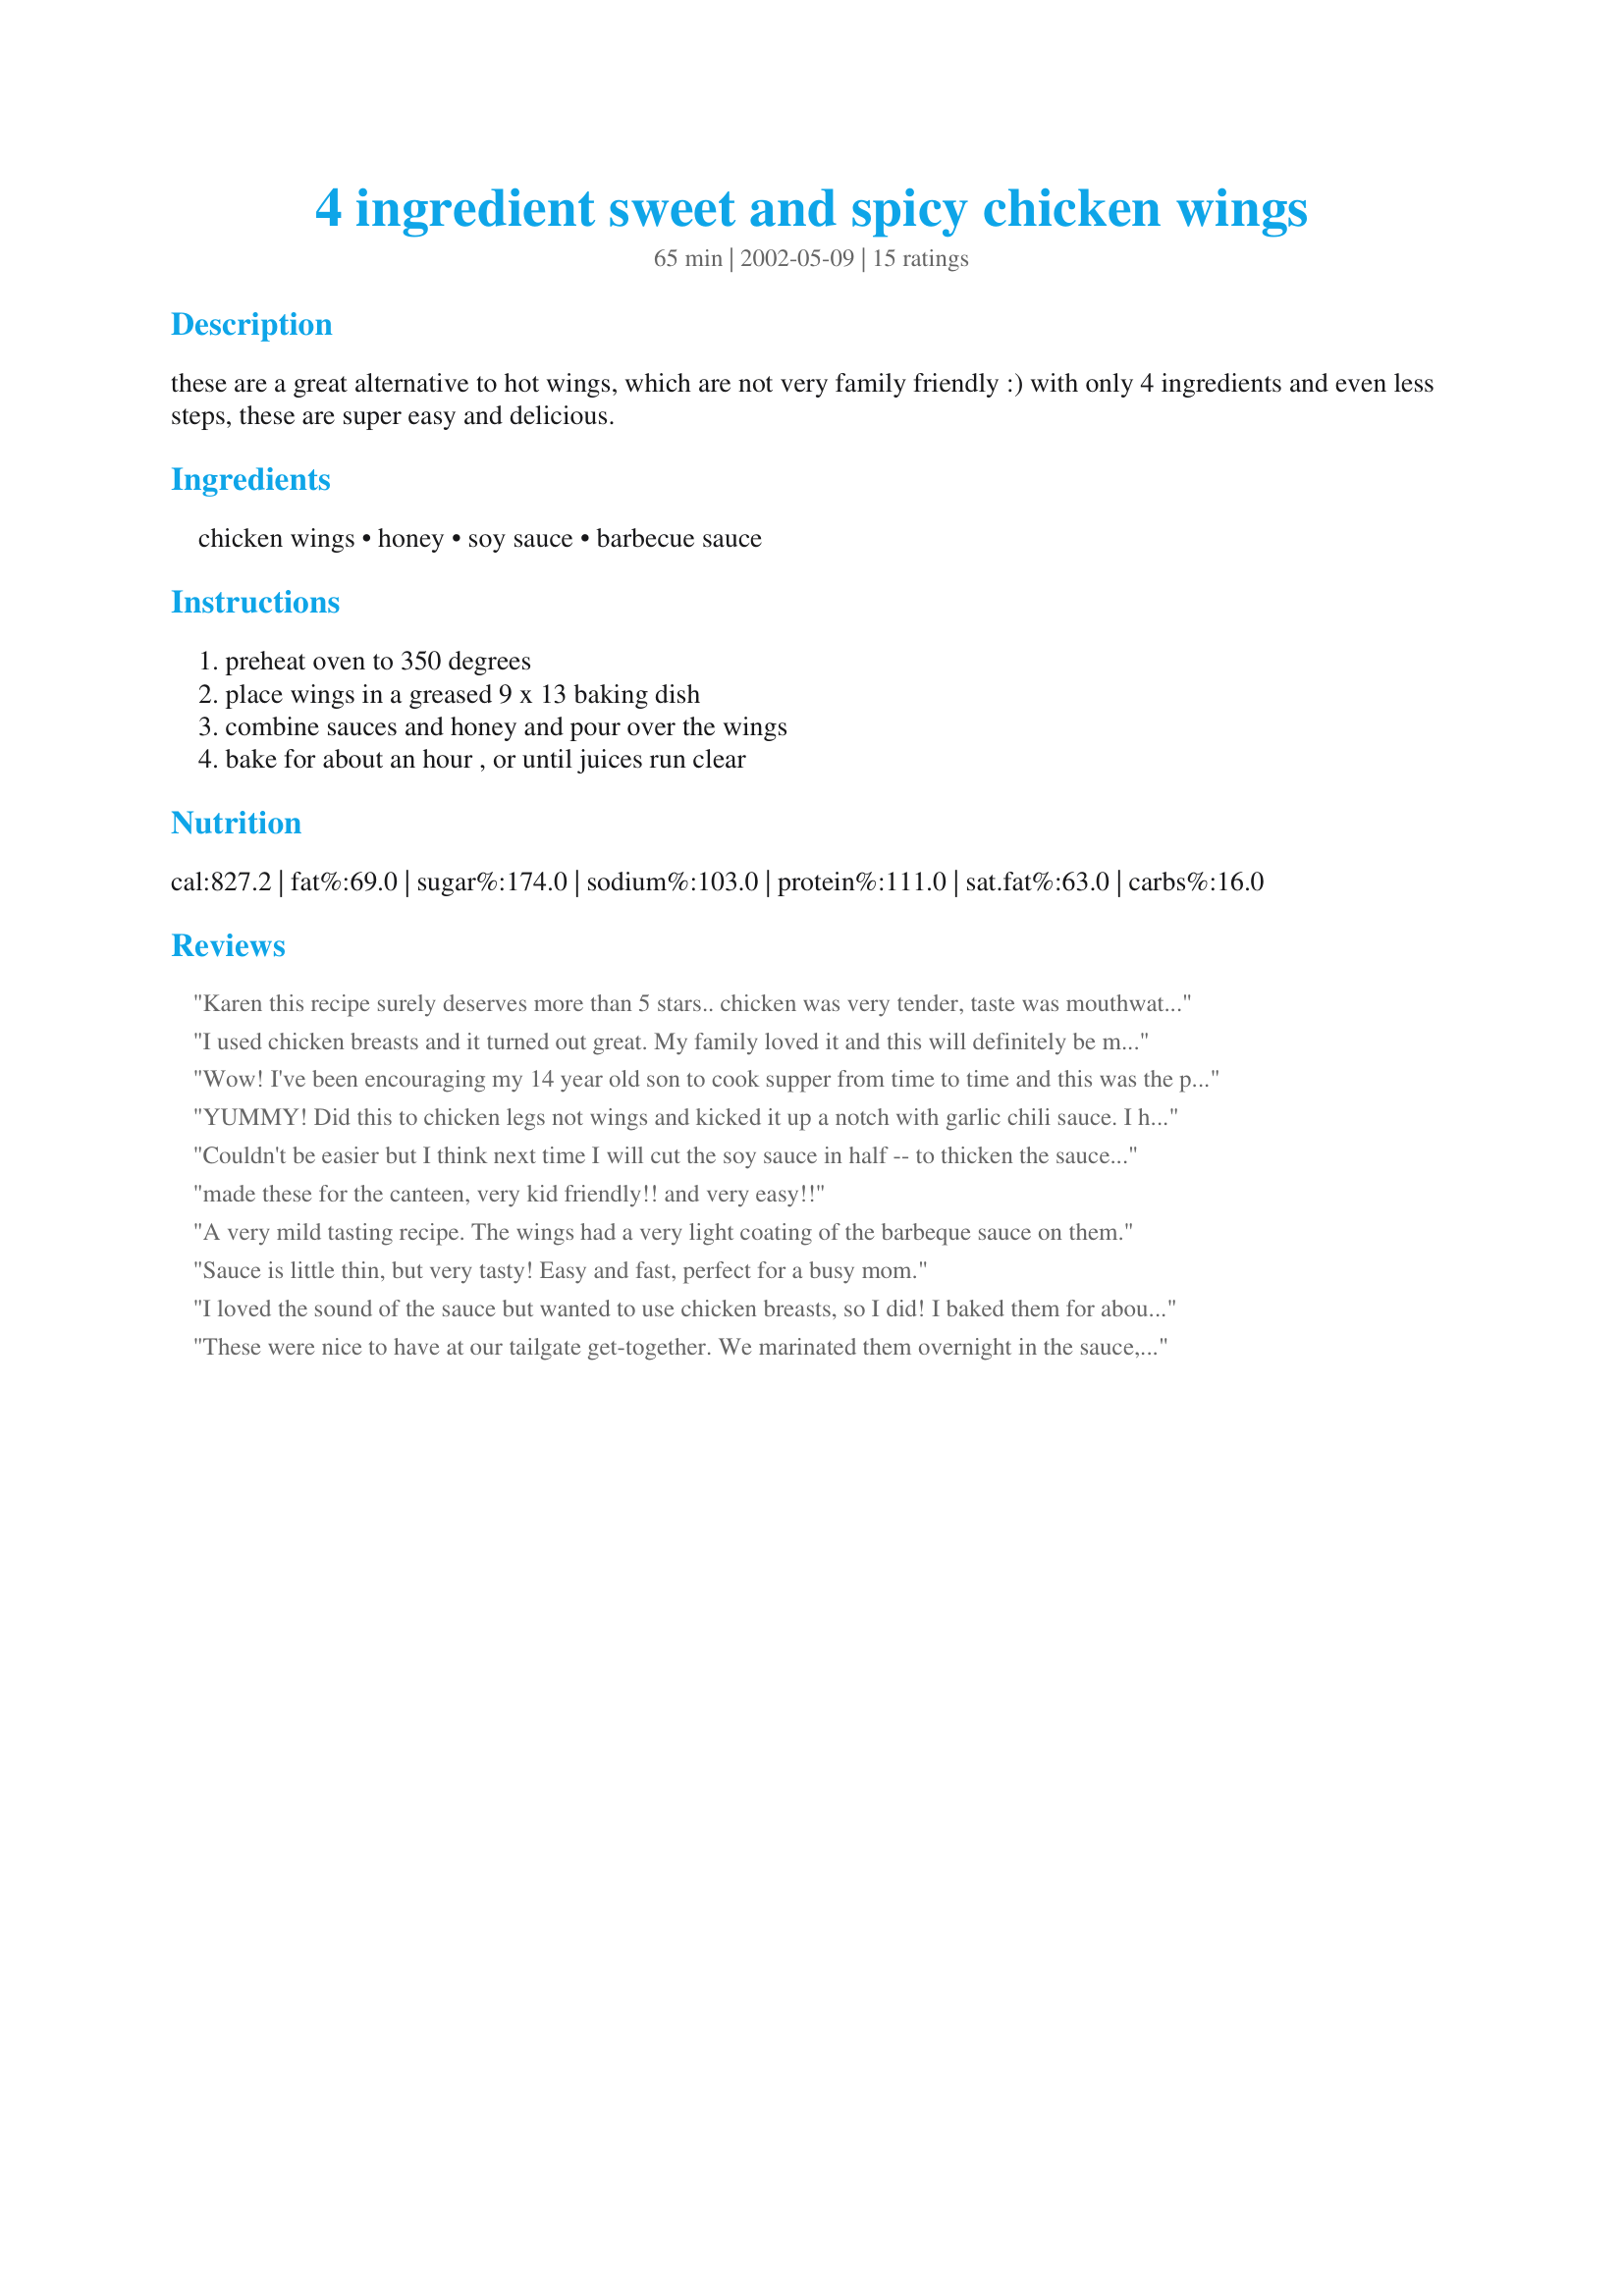
4 ingredient sweet and spicy chicken wings
Preparation time: 65 minutes

these are a great alternative to hot wings, which are not very family friendly :) with only 4 ingredients and even less steps, these are super easy and delicious.

Ingredients:
chicken wings, honey, soy sauce, barbecue sauce

Steps:
preheat oven to 350 degrees, place wings in a greased 9 x 13 baking dish, combine sauces and honey and pour over the wings, bake for about an hour , or until juices run clear

Reviews:
Karen this recipe surely deserves more than 5 stars.. chicken was very tender, taste was mouthwatering delicious . I used 2 pounds chicken wings, 3 tbsp soy sauce, 6 tbsp honey and 6 tbsp barbecue sauce. Brushed sauce over wings a few times and the were great, sauce not to thin. Thanks for a great recipe.
I used chicken breasts and it turned out great. My family loved it and this will definitely be made again. Also, in order to reduce the sodium, I used low sodium soy sauce and only about half of the amount called for in the recipe.
Wow! I've been encouraging my 14 year old son to cook supper from time to time and this was the perfect recipe, easy and delicious. The whole family raved about the taste. We used chicken wings and marinated them overnight before baking. Looking forward to trying this with chicken legs or thighs.
YUMMY! Did this to chicken legs not wings and kicked it up a notch with garlic chili sauce. I halved the amount of BBQ sauce and substituted garlic chili sauce to give it a nice kick. I also thickened the sauce with cornstarch after the chicken was cooked for dipping and ladling on some rice. My 16yo son called it a really really good dinner!!!!!
Couldn't be easier but I think next time I will cut the soy sauce in half -- to thicken the sauce up a bit.
made these for the canteen, very kid friendly!! and very easy!!
A very mild tasting recipe. The wings had a very light coating of the barbeque sauce on them.
Sauce is little thin, but very tasty! Easy and fast, perfect for a busy mom.
I loved the sound of the sauce but wanted to use chicken breasts, so I did! I baked them for about 30 minutes. I thought the sauce was a bit runny and had a bit too much soy sauce for me so next time I'll reduce the soy which should thicken up the sauce a bit. Maybe using thick style soy sauce would be better too, but if you want the sauce thin it's perfect as is! Very tasty.
These were nice to have at our tailgate get-together. We marinated them overnight in the sauce, then baked at 375 for an hour - our chicken wings were really big!
Delicious, sweet, & sticky chicken wings! These turned out wonderful - the sauce was very tasty,finger licking good. Despite the title, I didn't find these to be spicy -although I imagine spiciness would depend on the type & flavor of BBQ sauce used. Note: I only had prefrozen wings, so I followed the temperature and baking time suggested on the package so that I could cook them directly from the freezer (which was 425 F for 40 minutes) and it worked out just fine.
Best wings I ever made. Best of all, only 4 ingredients were needed. Will try it with chix breasts next time. Yummy!
Couldn't get any easier - 4 ingredients!! Excellent starter recipe for the young cooks in the kitchen. We served over rice - delicious.
Yum-yum-yummy! My entire family made all gone on this one. I agree with cutting the soy sauce down by half the amount. These wings were very flavorful but the sauce could have been thicker.
Update - to solve the problem of thin sauce I got rid of most of the sauce and put on the broiler for about 5 minutes. The chicken was sweet and the sauce stuck to the chicken. Thanks again for this one.
